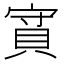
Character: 𧵿